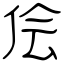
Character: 侩